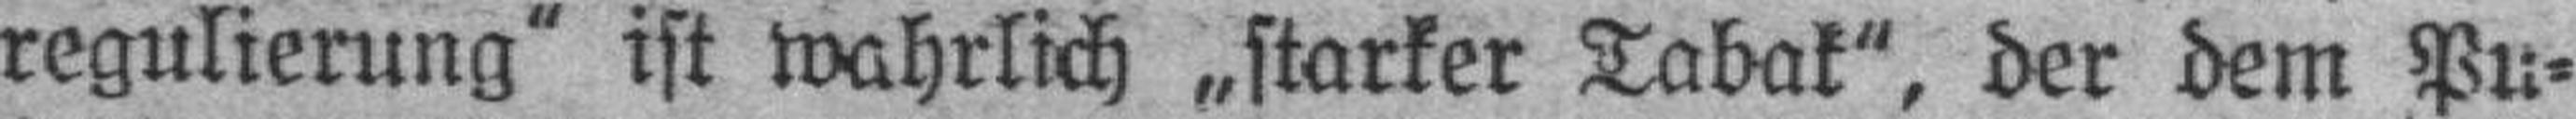
regulierung“ ist wahrlich „starker Tabak“, der dem Pu¬